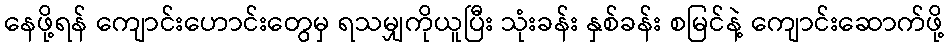
နေဖို့ရန် ကျောင်းဟောင်းတွေမှ ရသမျှကိုယူပြီး သုံးခန်း နှစ်ခန်း စမြင်နဲ့ ကျောင်းဆောက်ဖို့